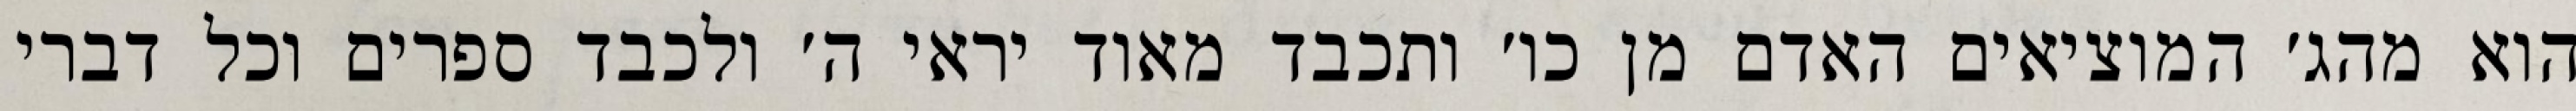
הוא מהג׳ המוציאים האדם מן כו׳ ותכבד מאוד יראי ה׳ ולכבד ספרים וכל דברי